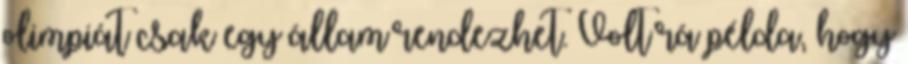
olimpiát csak egy állam rendezhet. Volt rá példa, hogy